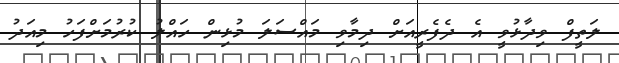
ލަތީފް ވިދާޅުވީ އެ ދެފެރީއަށް ދިމާވި މައްސަލަ މުޅިން ހައްލު ކުރުމަށްފަހު މިއަދު